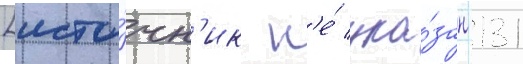
[исто́чн'ик н'е́ ука́зан 131